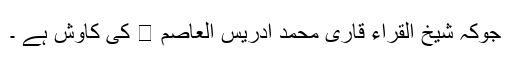
جوکہ شیخ القراء قاری محمد ادریس العاصم ﷾ کی کاوش ہے ۔